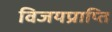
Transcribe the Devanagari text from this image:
विजयप्राप्ति